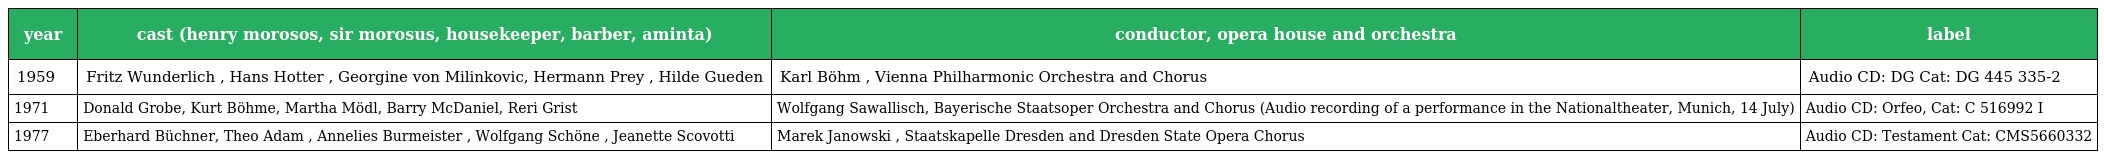
| year | cast (henry morosos, sir morosus, housekeeper, barber, aminta) | conductor, opera house and orchestra | label |
 | --- | --- | --- | --- |
 | 1959 | Fritz Wunderlich , Hans Hotter , Georgine von Milinkovic, Hermann Prey , Hilde Gueden | Karl Böhm , Vienna Philharmonic Orchestra and Chorus | Audio CD: DG Cat: DG 445 335-2 |
 | 1971 | Donald Grobe, Kurt Böhme, Martha Mödl, Barry McDaniel, Reri Grist | Wolfgang Sawallisch, Bayerische Staatsoper Orchestra and Chorus (Audio recording of a performance in the Nationaltheater, Munich, 14 July) | Audio CD: Orfeo, Cat: C 516992 I |
 | 1977 | Eberhard Büchner, Theo Adam , Annelies Burmeister , Wolfgang Schöne , Jeanette Scovotti | Marek Janowski , Staatskapelle Dresden and Dresden State Opera Chorus | Audio CD: Testament Cat: CMS5660332 |